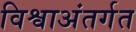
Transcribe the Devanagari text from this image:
विश्वाअंतर्गत